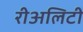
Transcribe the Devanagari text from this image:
रीअलिटी